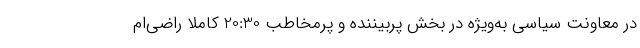
در معاونت سیاسی به‌ویژه در بخش پربیننده و پرمخاطب 20:30 کاملاً راضی‌ام